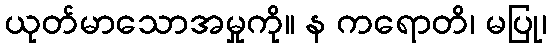
ယုတ်မာသောအမှုကို။ န ကရောတိ၊ မပြု၊